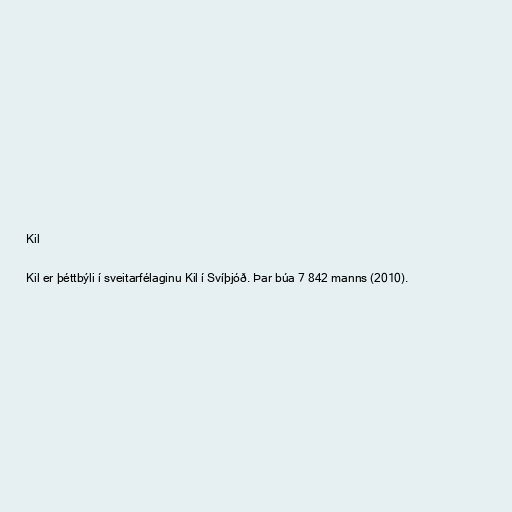
Kil

Kil er þéttbýli í sveitarfélaginu Kil í Svíþjóð. Þar búa 7 842 manns (2010).